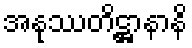
အနုဿတိဋ္ဌာနာနိ